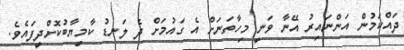
ދައްކަމުން އަންނައިރު އޭނާ ވަނީ މިހާތަނަށް އެ ގައުމަށް ދެ ލަނޑު ކާމިޔާބުކޮށްދީފައެވެ.